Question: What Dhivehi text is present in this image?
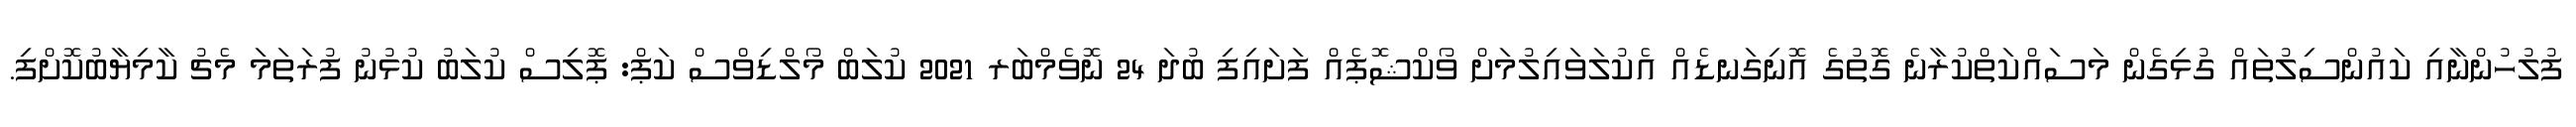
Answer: ފުލުހުންނާއި ކައުންސިލުތައް ގުޅިގެން މަސައްކަތްކުރާނެ ގޮތުގެ އޮނިގަނޑެއް އެކުލަވައިލުމަށް ވޯކްޝޮޕެއް ފަށައިފި ބުދަ 24 ނޮވެމްބަރ 2021 ކުލަބް މޯލްޑިވްސް ކަޕް: ޕޮލިސް ކުލަބު ކުޅުނު ފުރަތަމަ މެޗު ކާމިޔާބުކޮށްފި.